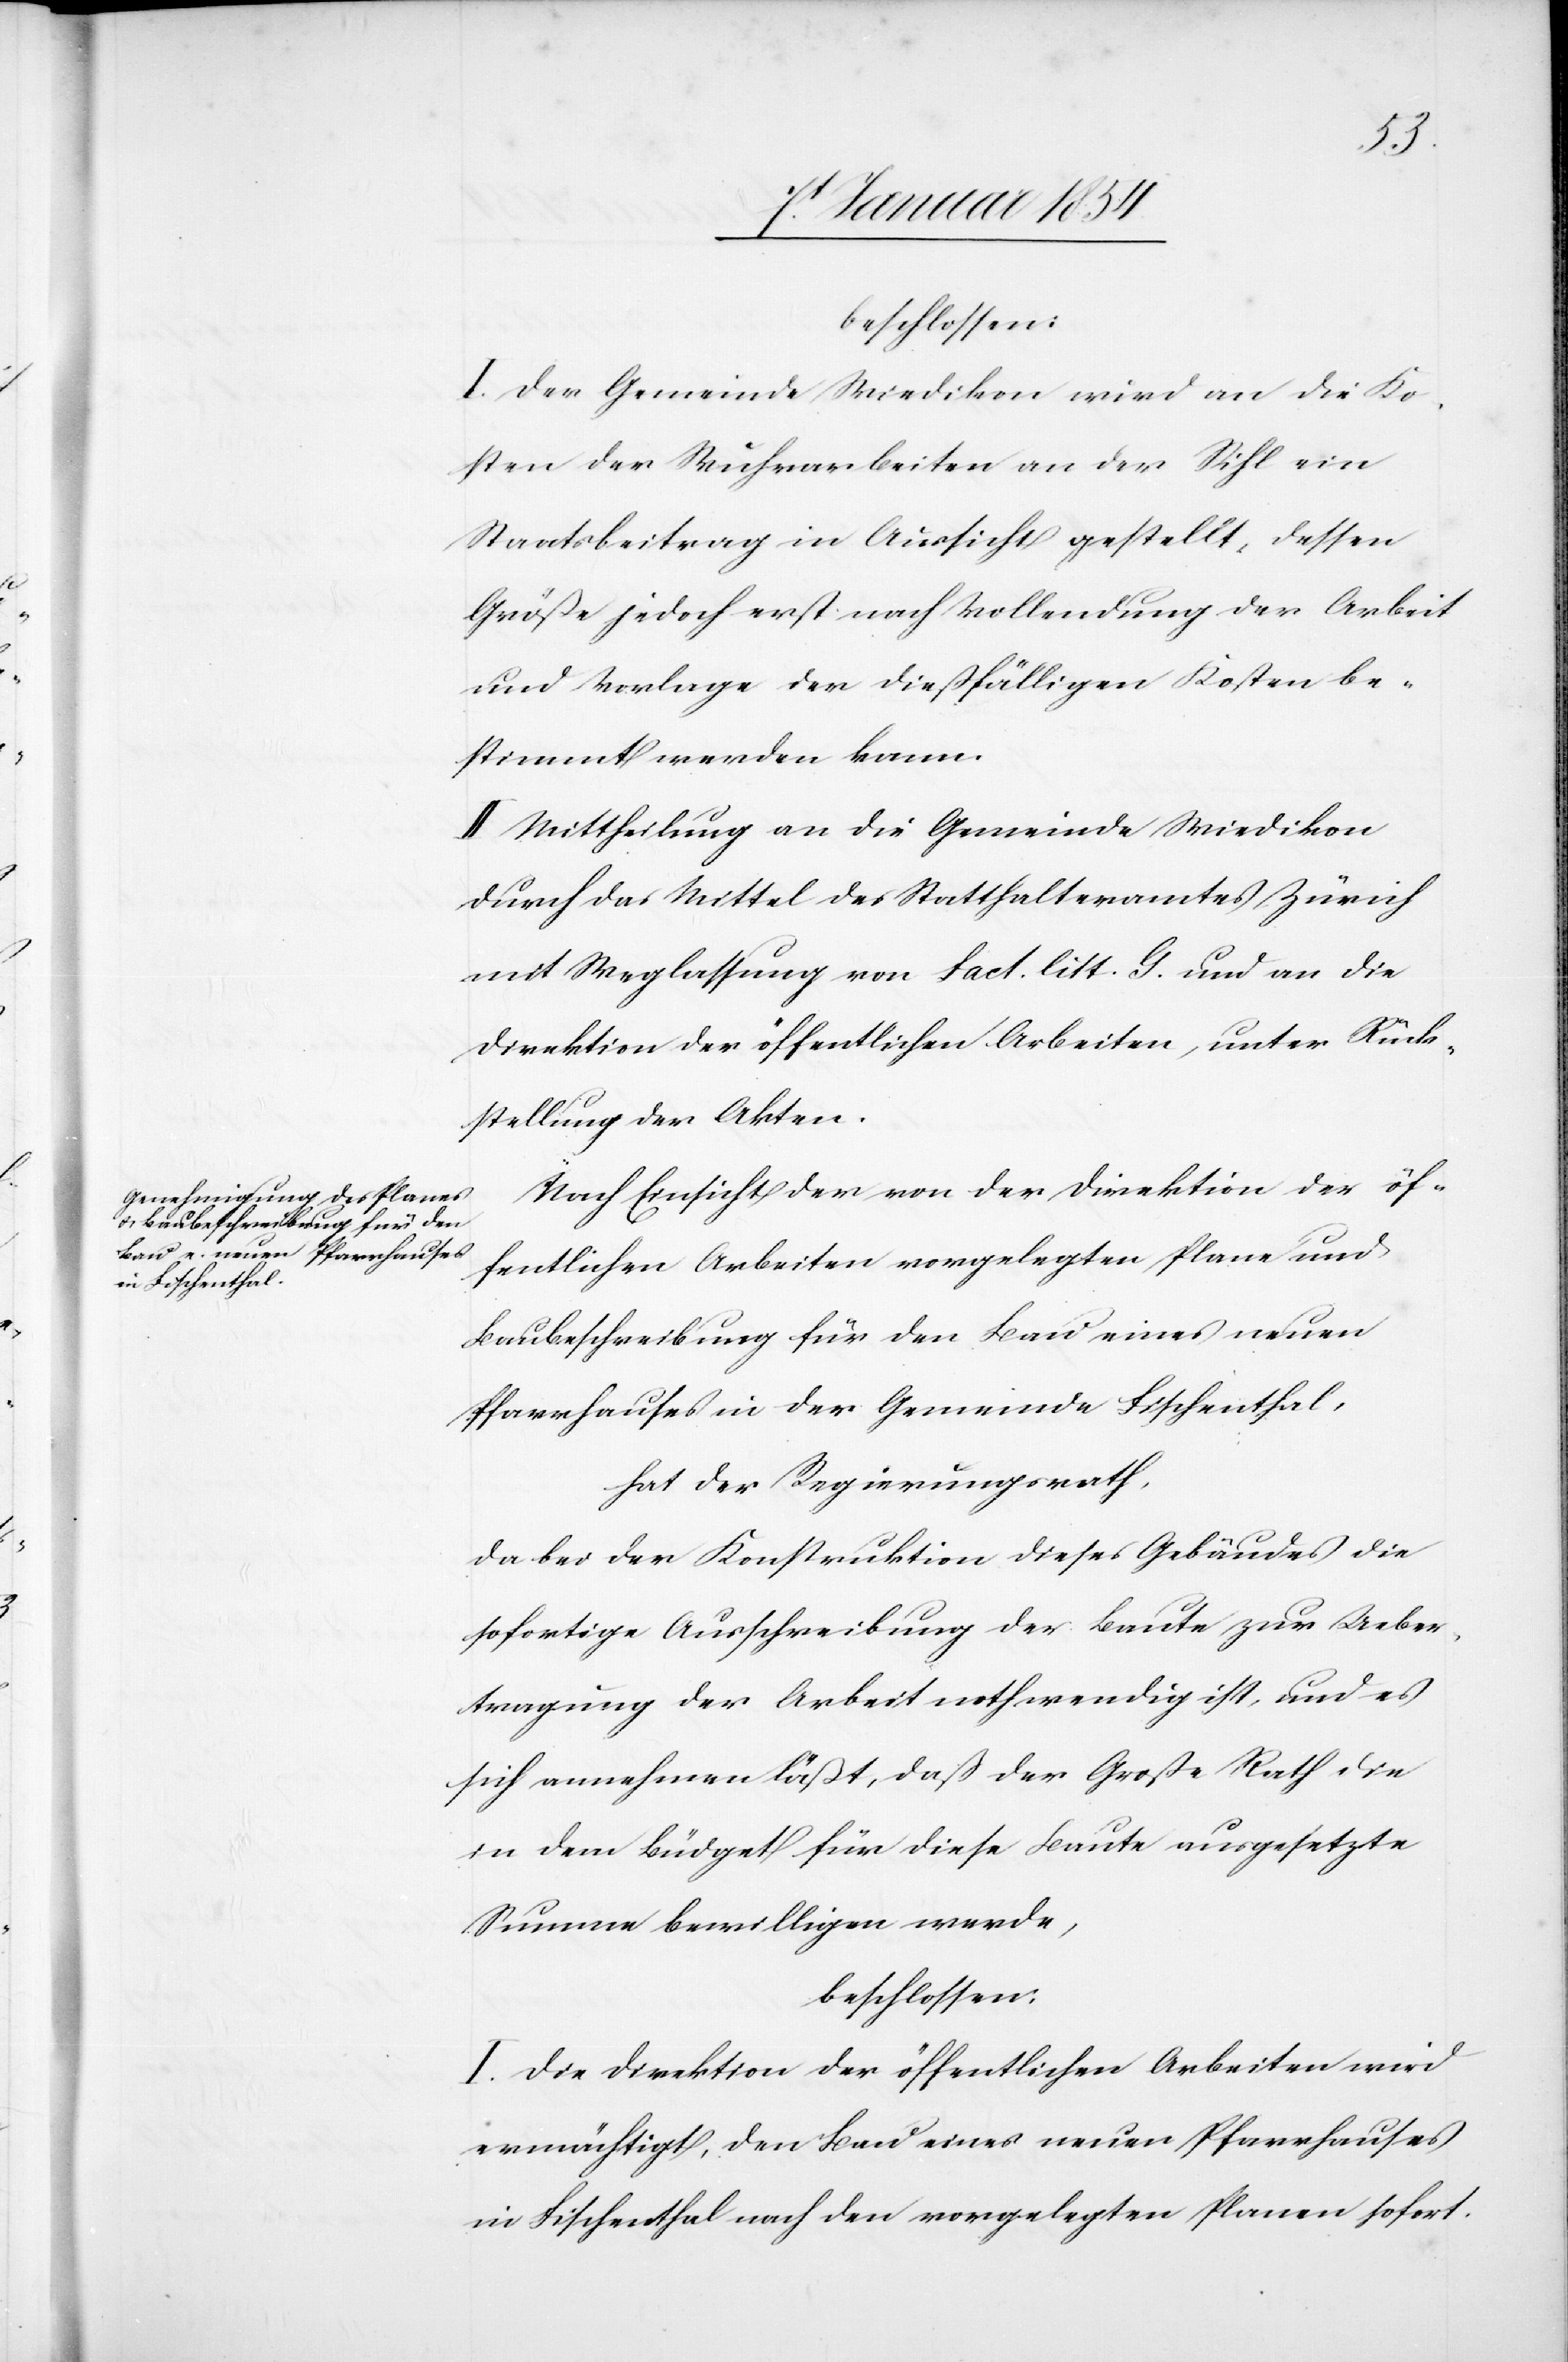
beschlossen:
I. Der Gemeinde Wiedikon wird an die Ko¬
sten der Wuhrarbeiten an der Sihl ein
Staatsbeitrag in Aussicht gestellt, dessen
Größe jedoch erst nach Vollendung der Arbeit
und Vorlage der dießfälligen Kosten be¬
stimmt werden kann.
II. Mittheilung an die Gemeinde Wiedikon
durch das Mittel des Statthalteramtes Zürich
mit Weglassung von Fact. litt. G. und an die
Direktion der öffentlichen Arbeiten, unter Rück¬
stellung der Akten.
Nach Einsicht der von der Direktion der öf¬
fentlichen Arbeiten vorgelegten Plane und
Baubeschreibung für den Bau eines neuen
Pfarrhauses in der Gemeinde Fischenthal,
hat der Regierungsrath,
da bei der Konstruktion dieses Gebäudes die
sofortige Ausschreibung der Baute zur Ueber¬
tragung der Arbeit nothwendig ist, und es
sich annehmen läßt, daß der Große Rath die
in dem Büdget für diese Baute ausgesetzte
Summe bewilligen werde,
beschlossen:
I. Die Direktion der öffentlichen Arbeiten wird
ermächtigt, den Bau eines neuen Pfarrhauses
in Fischenthal nach den vorgelegten Planen sofort